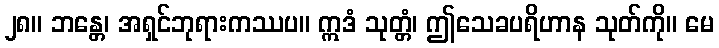
၂၈။ ဘန္တေ၊ အရှင်ဘုရားကဿပ။ ဣဒံ သုတ္တံ၊ ဤသေခပရိဟာန သုတ်ကို။ မေ